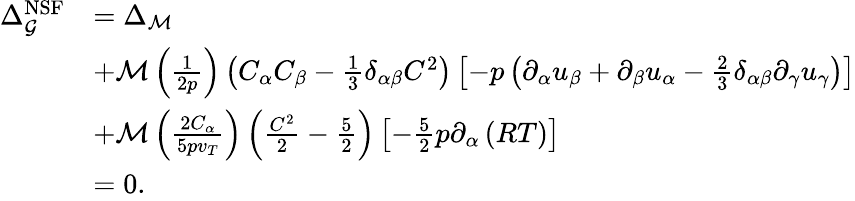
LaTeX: \begin{array}{rl}{\Delta_{\mathcal{G}}^{\mathrm{NSF}}}&{=\Delta_{\mathcal{M}}}\\ &{+\mathcal{M}\left(\frac{1}{2p}\right)\left(C_{\alpha}C_{\beta}-\frac{1}{3}\delta_{\alpha\beta}C^{2}\right)\left[-p\left(\partial_{\alpha}u_{\beta}+\partial_{\beta}u_{\alpha}-\frac{2}{3}\delta_{\alpha\beta}\partial_{\gamma}u_{\gamma}\right)\right]}\\ &{+\mathcal{M}\left(\frac{2C_{\alpha}}{5pv_{T}}\right)\left(\frac{C^{2}}{2}-\frac{5}{2}\right)\left[-\frac{5}{2}p\partial_{\alpha}\left(RT\right)\right]}\\ &{=0.}\end{array}